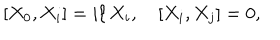
[ X _ { 0 } , X _ { i } ] = i \ell \, X _ { i } , \quad [ X _ { i } , X _ { j } ] = 0 ,